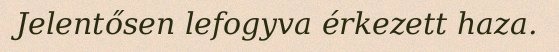
Jelentősen lefogyva érkezett haza.